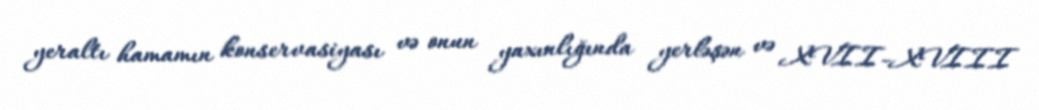
yeraltı hamamın konservasiyası və onun yaxınlığında yerləşən və XVII-XVIII